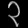
Digit: ၃